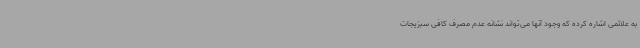
به علائمی اشاره کرده که وجود آنها می‌تواند نشانه عدم مصرف کافی سبزیجات